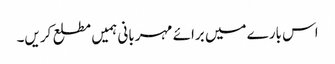
اس بارے میں برائے مہربانی ہمیں مطلع کریں۔